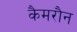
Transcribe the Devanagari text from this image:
कैमरौन